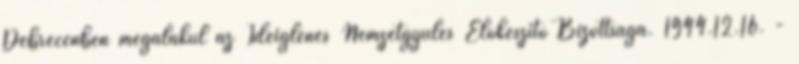
Debrecenben megalakul az Ideiglenes Nemzetgyûlés Elõkészítõ Bizottsága. 1944.12.16. -